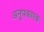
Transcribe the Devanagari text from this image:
अनुपकारक